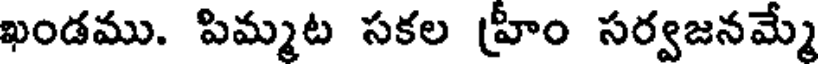
ఖండము. పిమ్మట సకల హ్రీం సర్వజనమ్మే